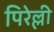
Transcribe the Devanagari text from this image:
पिरेल्ली